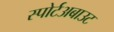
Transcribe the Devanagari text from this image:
स्पोर्टअबाउट